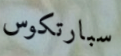
سبارتكوس